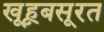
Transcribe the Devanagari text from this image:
खूहूबसूरत